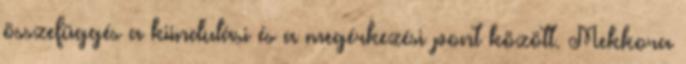
összefüggés a kiindulási és a megérkezési pont között. Mekkora